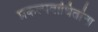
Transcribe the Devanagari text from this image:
प्रकल्पबाधितांना